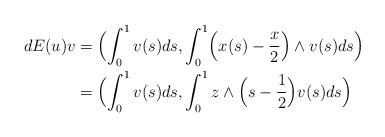
LaTeX: \begin{align*} \begin{aligned}dE(u)v&= \Bigl(\int_0^1 v(s) ds, \int_0^1 \Bigl(x(s)-\frac{x }{2}\Bigr) \wedge v(s) ds \Bigr)\\& =\Bigl(\int_0^1 v(s) ds, \int_0^1 z\wedge \Bigl( s-\frac{1 }{2}\Bigr) v(s) ds \Bigr)\end{aligned} \end{align*}